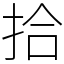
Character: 拾